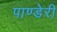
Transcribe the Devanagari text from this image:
पाण्डेरी